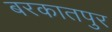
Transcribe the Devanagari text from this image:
बरकातपुर